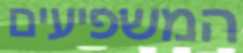
המשפיעים